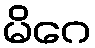
မိဂေ